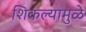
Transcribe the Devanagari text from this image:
शिकल्यामुळे